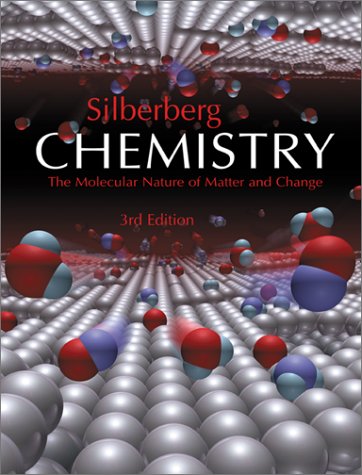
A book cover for Chemistry:  The Molecular Nature of Matter and Change; Martin Silberberg; Science & Math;